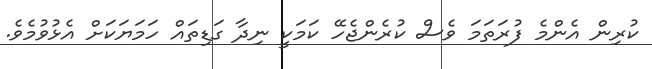
ކުރިން އެންމެ ފުރަތަމަ ވެސް ކުރެންޖެހޭ ކަމަކީ ނިދާ ގަޑިތައް ހަމަޔަކަށް އެޅުވުމެވެ.